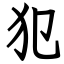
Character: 犯